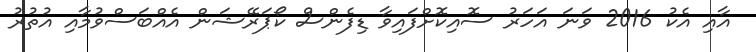
އާއި އެކު 2016 ވަނަ އަހަރު ސޮއިކޮށްފައިވާ ޑިފެންސް ކޯޕަރޭޝަން އެއްބަސްވުމާއި އުތުރު